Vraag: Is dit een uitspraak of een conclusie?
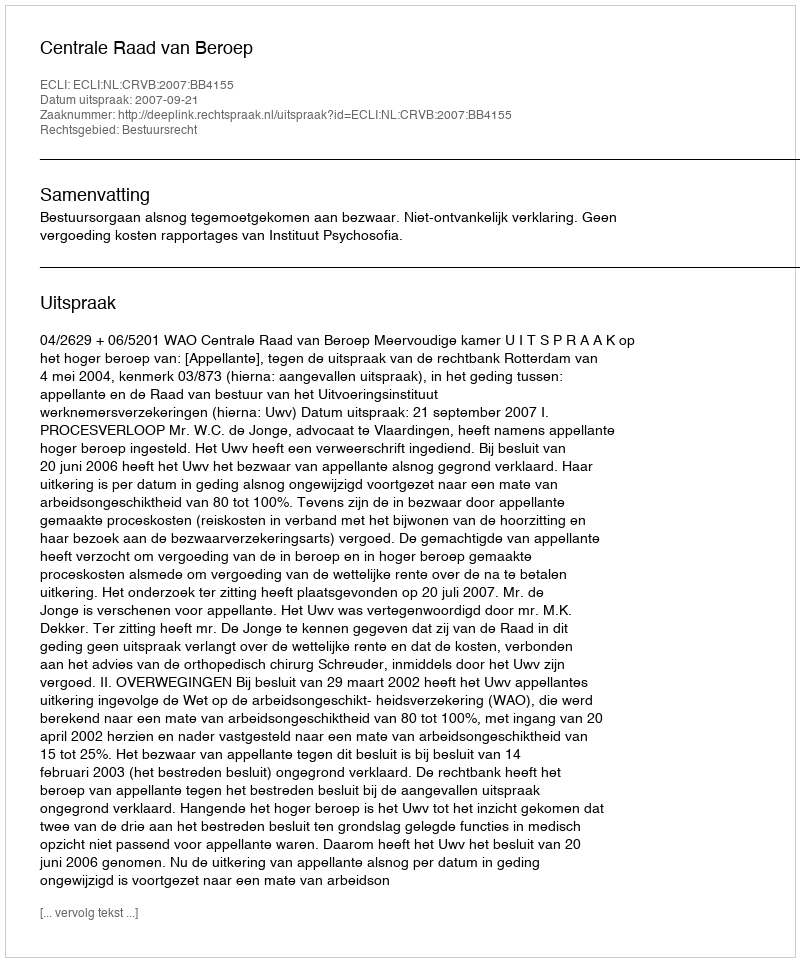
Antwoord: Uitspraak